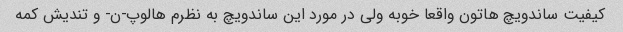
کیفیت ساندویچ هاتون واقعا خوبه ولی در مورد این ساندویچ به نظرم هالوپ-ن- و تندیش کمه